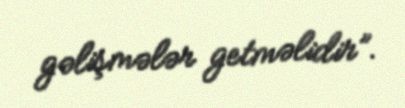
gəlişmələr getməlidir”.